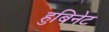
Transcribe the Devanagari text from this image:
हुबिनेट